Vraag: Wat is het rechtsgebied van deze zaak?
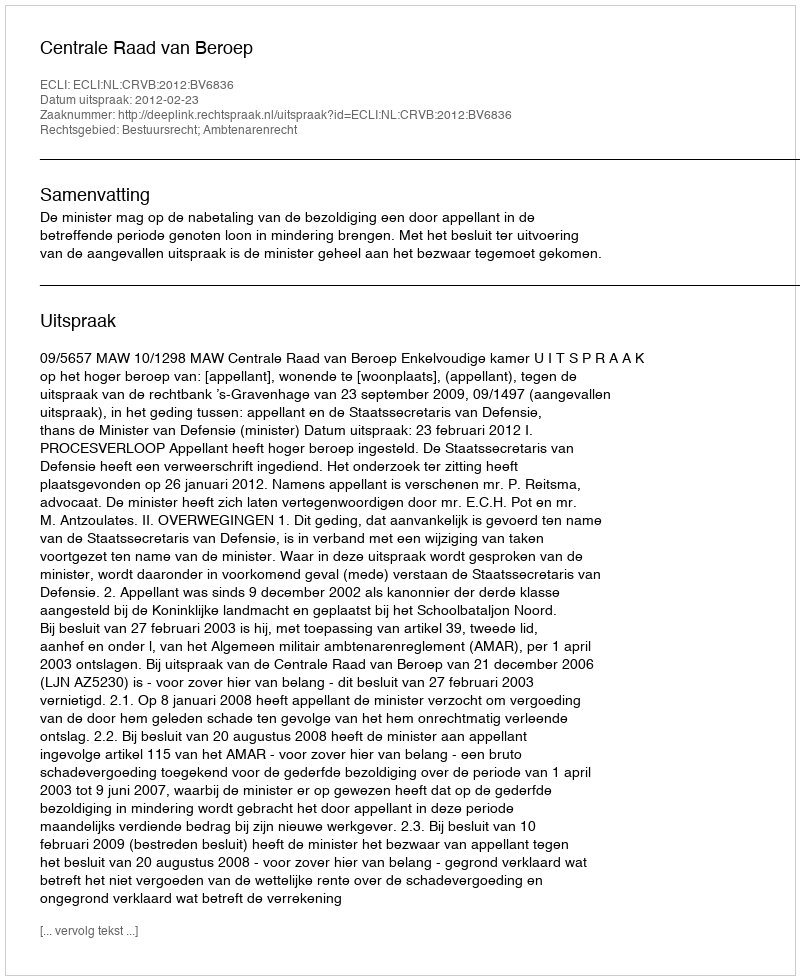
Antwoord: Bestuursrecht; Ambtenarenrecht